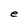
Character: e